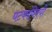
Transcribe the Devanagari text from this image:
घटकांविषयी